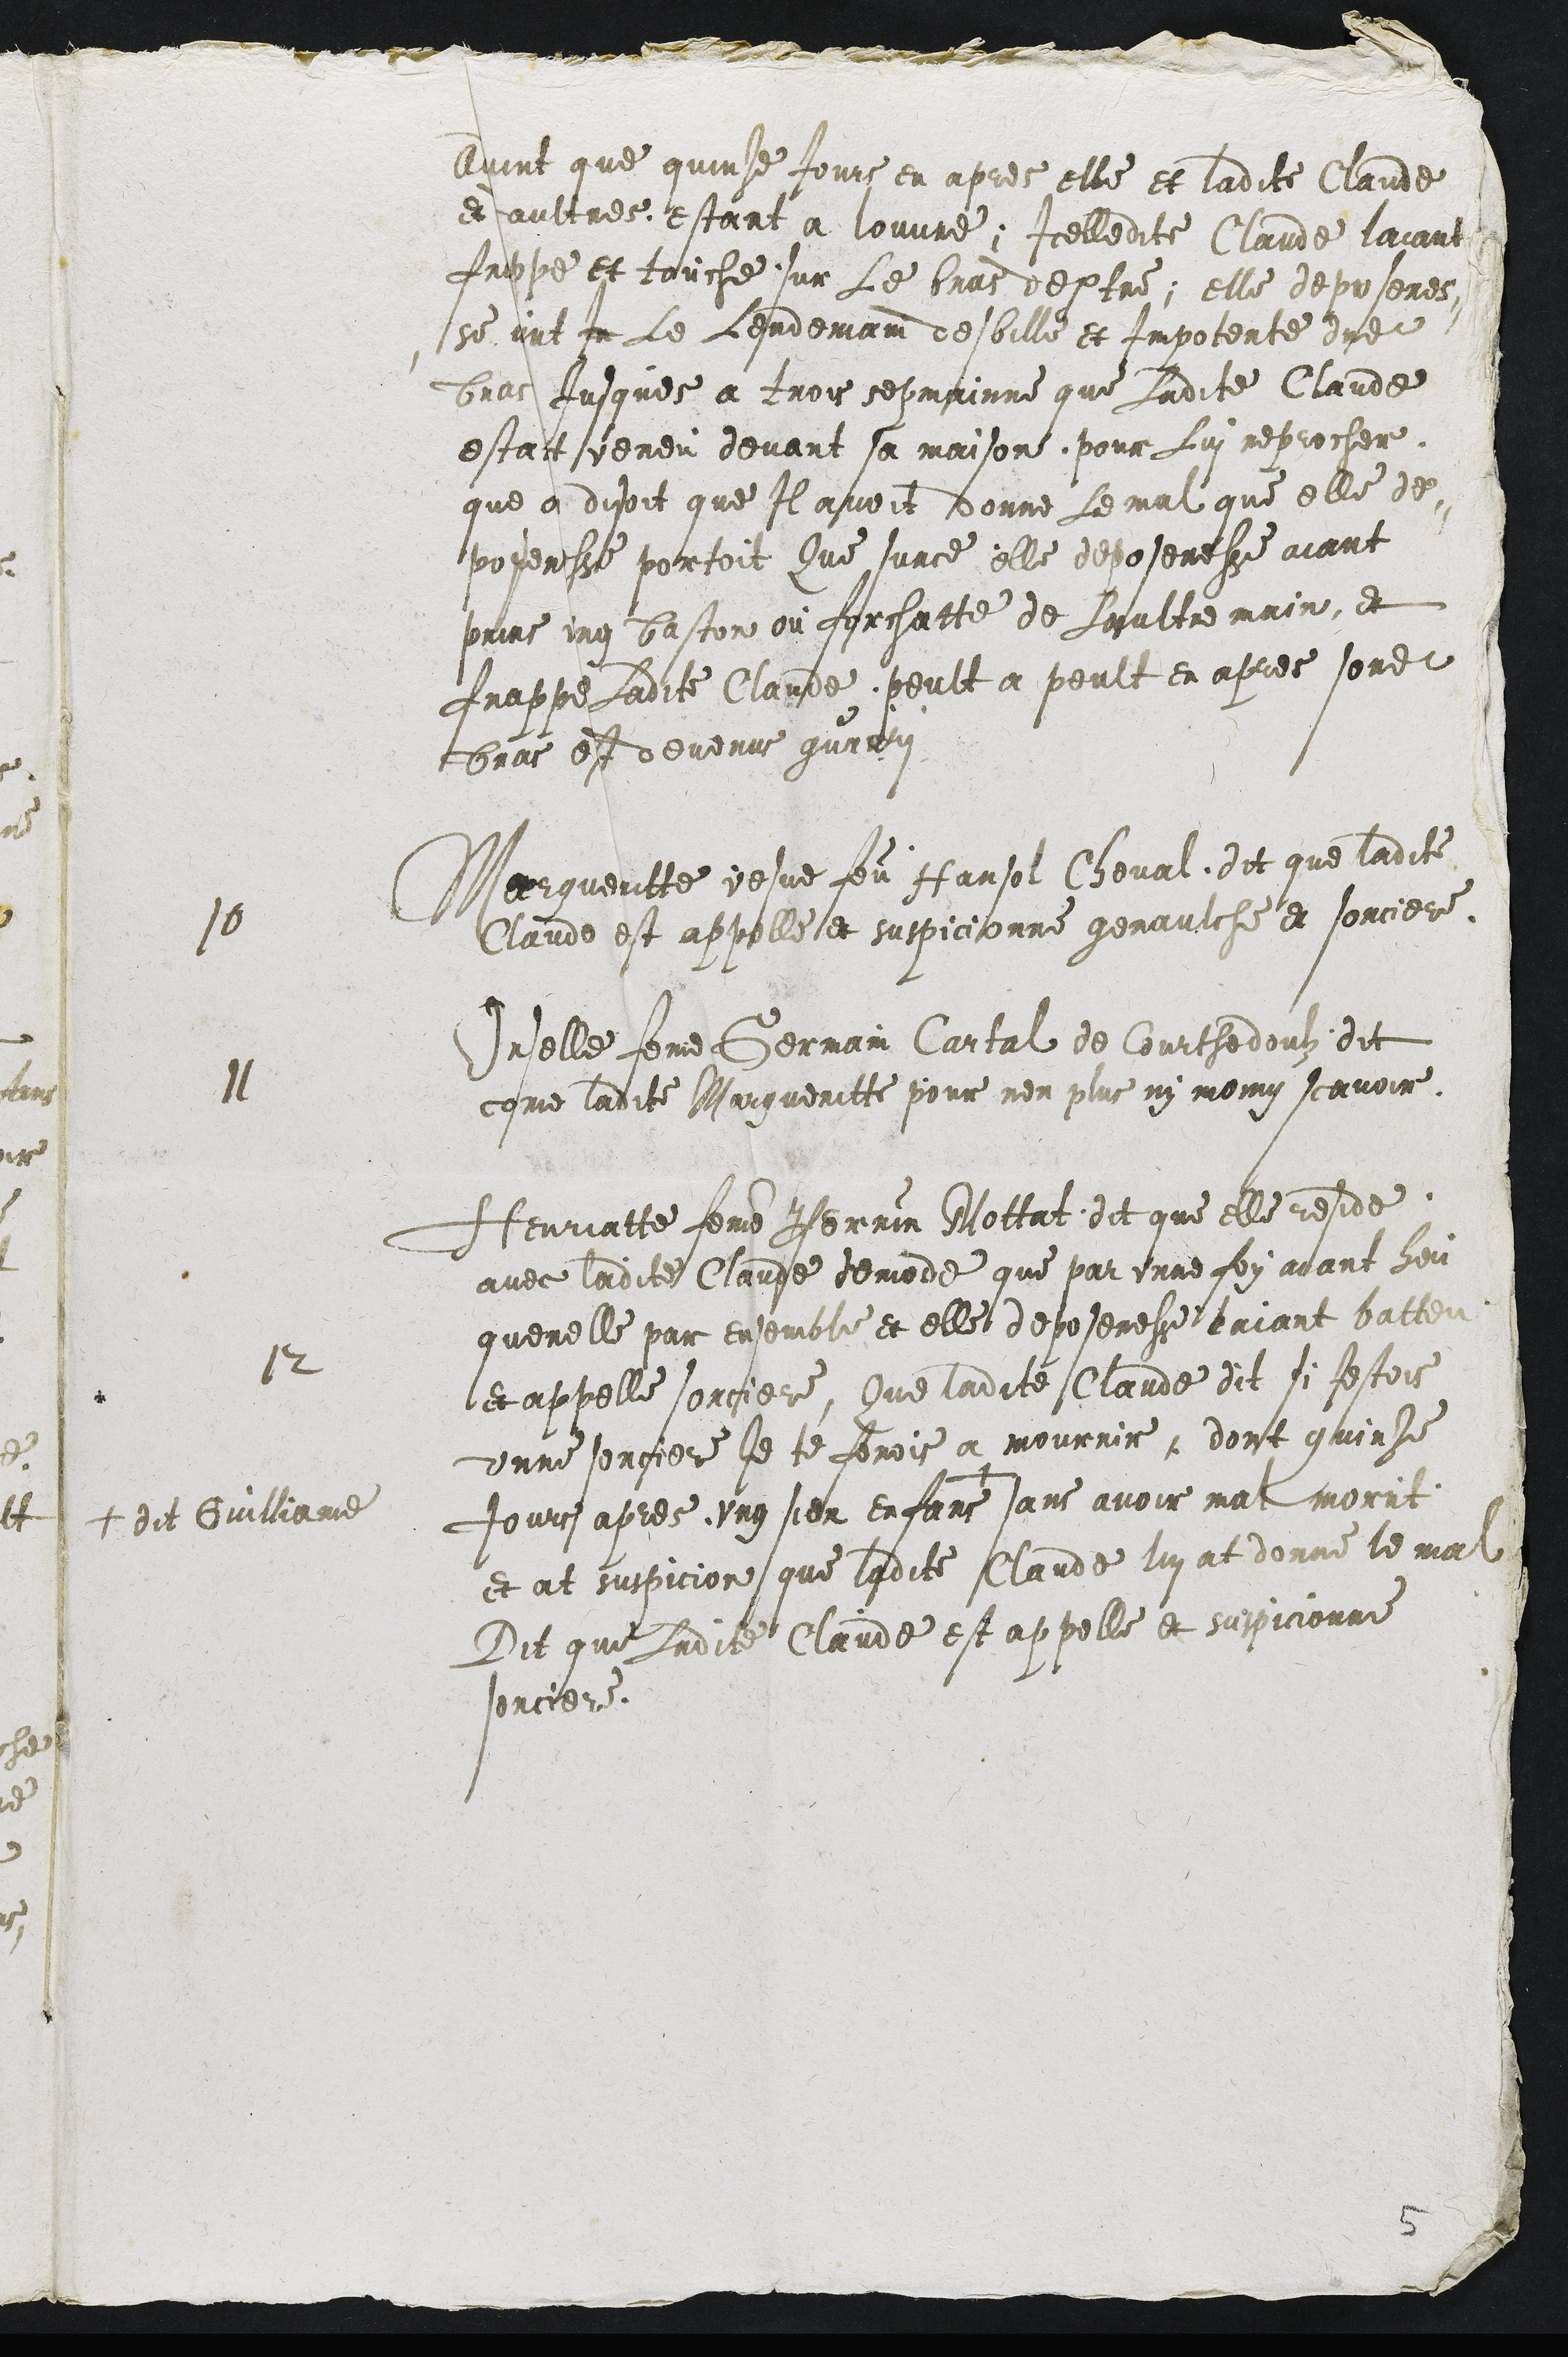
Avint que quinze Jours en apres elle et ladite Claude
et aultres, estant a louvre, Icelledite Claude laiant
frappe et touche sur Le bras dextre, elle deposeres-
-se vint In Le Lendemain desbille et Impotente dudit
bras Jusques a trois sepmaine que Ladite Claude
estoit veneu devant sa maison pour Lui reprocher
que a disoit que Il avoit donne Le mal que elle de-
poseresse portoit Que surce elle deposeresse aiant
prins ung baston ou forchatte de Laultre main, et
frappe Ladite Claude, peult a peult en apres sondit
bras est devenus gurry
10 Margueritte vesve feu Hansol Cheval dit que ladite
Claude est appelle et suspicionne genaulche et sorciere.
11 Orselle feme Germain Cartal de Courthedoulz dit
come ladite Margueritte pour non plus ny moing scavoir.
12 Henriatte femme Perrin Mottat dit que elle reside
avec ladite Claude demode que par unne foy aiant heu
querelle par ensemble et elle deposeresse laiant batteu
et appelle sorciere, Que ladite Claude dit si Jestois
unne sorciere Je te ferois a mourrir, dont quinze
Jours apres ung sien enfans +
+ dit Guilliame
sans avoir mal morut
et at suspicion que ladite Claude lui at donne le mal
Dit que Ladite Claude est appelle et suspicionne
sorciere.

5